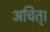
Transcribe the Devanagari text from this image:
अचित्‌।